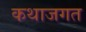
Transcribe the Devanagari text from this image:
कथाजगत